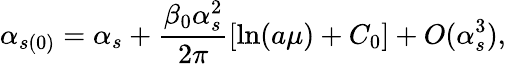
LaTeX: \alpha_{s(0)}=\alpha_{s}+\frac{\beta_{0}\alpha_{s}^{2}}{2\pi}\left[\ln(a\mu)+C_{0}\right]+O(\alpha_{s}^{3}),